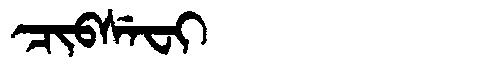
Manchu: ᠴᡳᠪᠰᡝᠸᡳ
Romanization: CIBSEFI